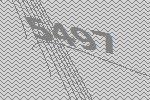
5497